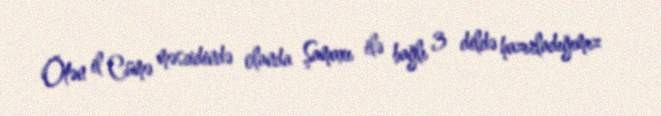
Ötən il Cümə məscidində olanda Şamaxı ilə bağlı 3 dildə hazırladığımız